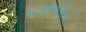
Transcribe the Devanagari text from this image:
पटकावलेला